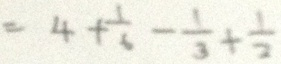
= 4 + \frac { 1 } { 6 } - \frac { 1 } { 3 } + \frac { 1 } { 2 }